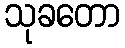
သုခတော